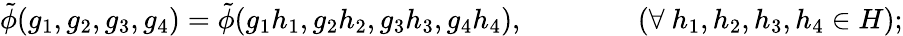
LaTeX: \tilde{\phi}(g_{1},g_{2},g_{3},g_{4})=\tilde{\phi}(g_{1}h_{1},g_{2}h_{2},g_{3}h_{3},g_{4}h_{4}),\qquad\qquad(\forall\ h_{1},h_{2},h_{3},h_{4}\in H);